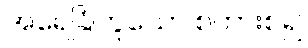
အရေခြုံဟူသော စကားစ၍